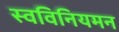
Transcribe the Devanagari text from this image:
स्वविनियमन